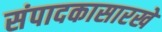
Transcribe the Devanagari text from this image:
संपादकासारखे